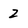
Character: 2